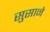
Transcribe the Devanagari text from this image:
सुसाने